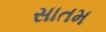
સાતમ